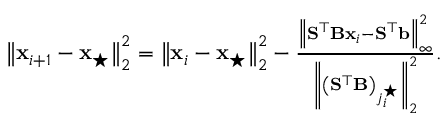
\begin{array} { r } { \left\| \mathbf { x } _ { i + 1 } - \mathbf { x } _ { \star } \right\| _ { 2 } ^ { 2 } = \left\| \mathbf { x } _ { i } - \mathbf { x } _ { \star } \right\| _ { 2 } ^ { 2 } - \frac { \left\| \mathbf { S } ^ { \top } \mathbf { B } \mathbf { x } _ { i } - \mathbf { S } ^ { \top } \mathbf { b } \right\| _ { \infty } ^ { 2 } } { \left\| \left( \mathbf { S } ^ { \top } \mathbf { B } \right) _ { j _ { i } ^ { \star } } \right\| _ { 2 } ^ { 2 } } . } \end{array}